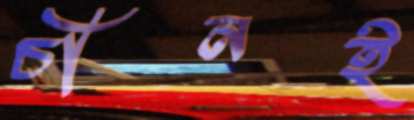
চীনই